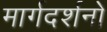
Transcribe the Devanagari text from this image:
मार्गदर्शनों